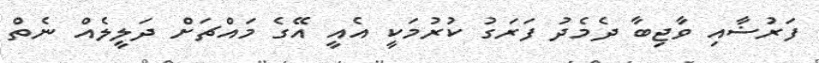
ފަރުޟާއި ވާޖިބާ ދެމެދު ފަރަގު ކުރުމަކީ އެއީ އޭގެ މައްޗަށް ދަލީލެއް ނެތް